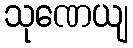
သုဏေယျ